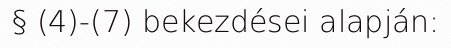
§ (4)-(7) bekezdései alapján: